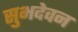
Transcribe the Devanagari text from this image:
सुभदेवन